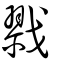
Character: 剹